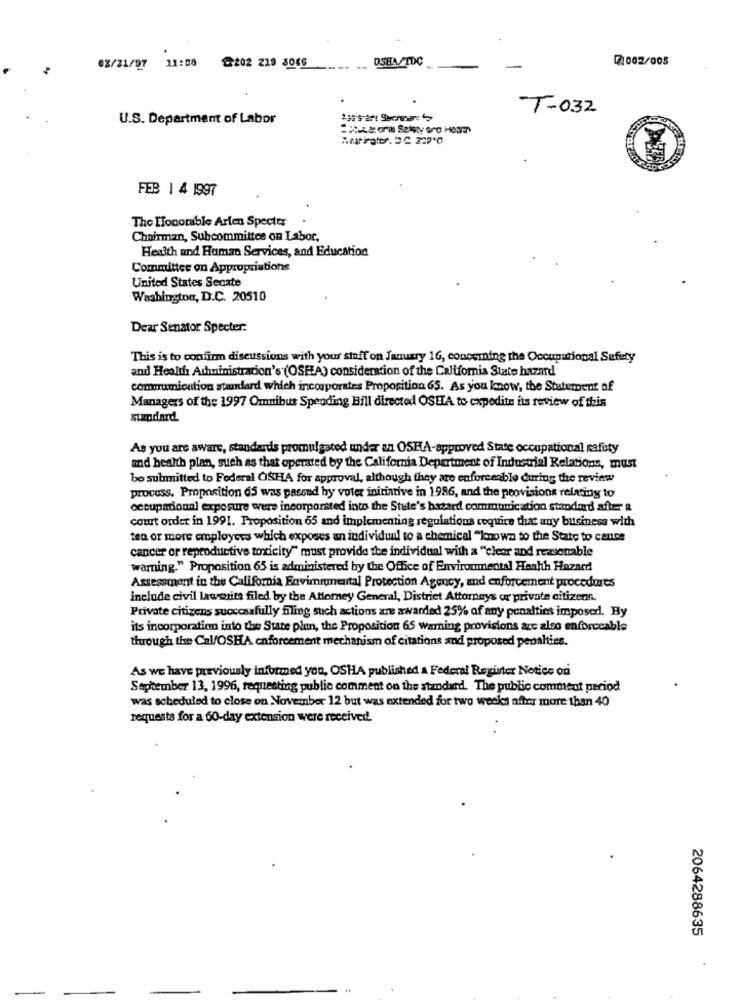
OSHA/TDC
2 002/005
02/21/97 11:08 @202 219 5046
T-032
U.S. Department of Labor
dom Setsty sro Hour
FEB | 4 1997
The Honorable Arlen Specter
Chairman, Subcommittee on Labor,
Health and Human Services, and Education
Committee on Appropriations
United States Secate
Washington, D.C. 20510
Dear Senator Specter:
This is to confirm discussions with your staff on January 16, concerning the Occupational Safety
and Health Achmministracion's (OSHA) consideration of the California State hazard
communication standard which incorporates Proposition 65. As you know, the Statement of
Managers of the 1997 Omnibus Spending Bill directed OSITA to expedite its review of this
sundard.
As you are aware, standards promulgated under an OSHA-approved State occupational safety
and health plan, such as that operated by the California Department of Industrial Relations, must
be submitted to Federal OSHA for approval, although they are enforceable during the review
process. Proposition 65 was passed hy voter initiative in 1986, and the provisions relating to
occupational exposure were incorporated into the State's batard communication standard afterr &
court order in 1991. Proposition 65 and implementing regulations require that any business with
ten or more employers which exposes an individual to a chemical "known to the State to cance
cancer or reproductive toxicity" must provide the individual with a ""clear and reasonable
warning." Proposition 65 is administered by the Office of Environmental Health Hazard
Assessment in the California Eavimmomental Protection Agency, and enforcement procedures
include civil lawsuite filed by the Attorney General, District Attorneys or private citizens.
Private citizens successfully filing such actions are awarded 25% of any penalties imposed. Hy
its incorporation into the State plun, the Proposition 65 warning provisions are ales enforceable
through the Cal/OSHA enforcement mechanism of citations and proposed penalties.
As we have previously informed you, OSHA published A Federal Register Notice ori
September 13, 1996, requesting public comment on the standard. The public comment period
was scheduled to close on November 12 but was extended for two weeks after more than 40
requests for a 60-day extension were received.
2064288635